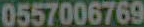
0557006769